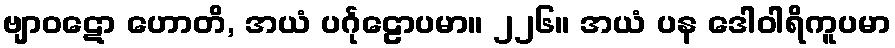
ဗျာဝဋော ဟောတိ, အယံ ပင်္ဂုဠောပမာ။ ၂၂၆။ အယံ ပန ဒေါဝါရိကူပမာ